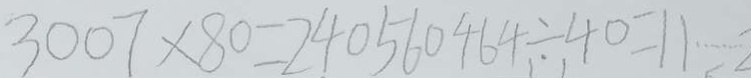
3 0 0 7 \times 8 0 = 2 4 0 5 6 0 4 6 4 \div 4 0 = 1 1 \cdots 2